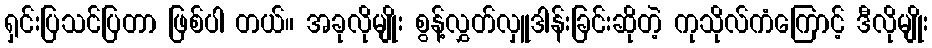
ရှင်းပြသင်ပြတာ ဖြစ်ပါ တယ်။ အခုလိုမျိုး စွန့်လွှတ်လှူဒါန်းခြင်းဆိုတဲ့ ကုသိုလ်ကံကြောင့် ဒီလိုမျိုး